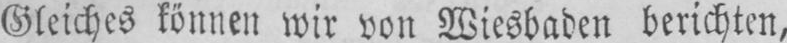
Gleiches können wir von Wiesbaden berichten,